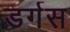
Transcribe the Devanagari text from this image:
डर्गस